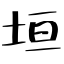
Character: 垣